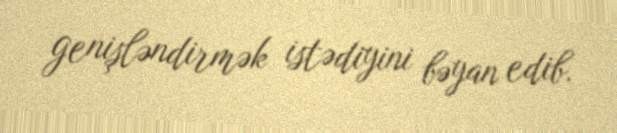
genişləndirmək istədiyini bəyan edib.